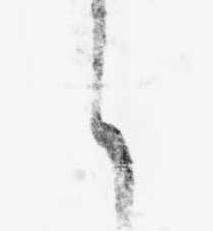
と